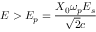
E > E _ { p } = { \frac { X _ { 0 } \omega _ { p } E _ { s } } { \sqrt { 2 } c } }